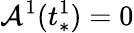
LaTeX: \mathcal{A}^{1}(t_{*}^{1})=0